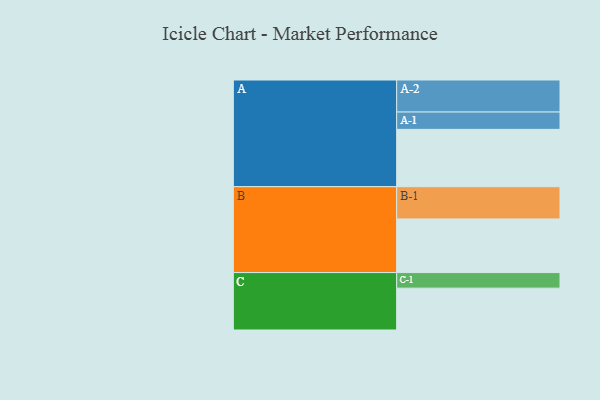
{"axis": {"x": "Segment", "y": "Value"}, "legend": ["", "A", "B", "C"], "data": [{"x": "A", "y": 526, "type": ""}, {"x": "B", "y": 492, "type": ""}, {"x": "C", "y": 384, "type": ""}, {"x": "A-1", "y": 159, "type": "A"}, {"x": "A-2", "y": 294, "type": "A"}, {"x": "B-1", "y": 296, "type": "B"}, {"x": "C-1", "y": 143, "type": "C"}]}